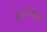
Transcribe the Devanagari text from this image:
इंटरफेंस